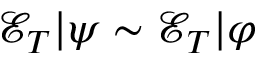
\mathcal { E } _ { T } | \boldsymbol { \psi } \sim \mathcal { E } _ { T } | \boldsymbol { \varphi }